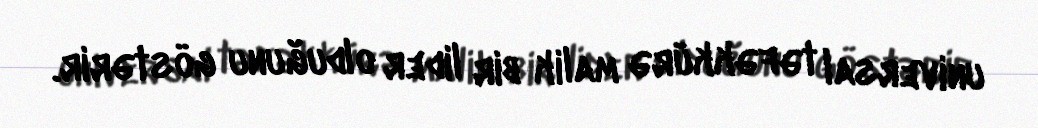
universal təfəkkürə malik bir lider olduğunu göstərir.